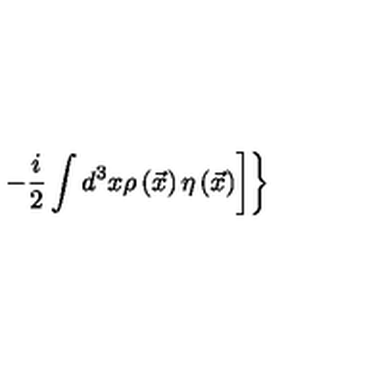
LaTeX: \left. \left. - \frac { i } { 2 } \int d ^ { 3 } x \rho \left( \vec { x } { } \right) \eta \left( \vec { x } { } \right) \right] \right\}